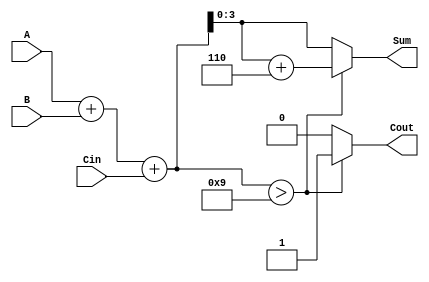
module BCD_Async_Adder (
    input [3:0] A,      // First BCD digit
    input [3:0] B,      // Second BCD digit
    input Cin,          // Carry-in
    output reg [3:0] Sum, // BCD result of the addition
    output reg Cout      // Carry-out signal
);

    // Internal signals
    wire [4:0] raw_sum; // 5 bits to hold the sum (A + B + Cin)
    
    // Calculate the binary sum
    assign raw_sum = A + B + Cin;

    always @* begin
        // Determine if BCD correction is needed
        if (raw_sum > 9) begin
            Sum = raw_sum + 6; // BCD adjust
            Cout = 1; // Set carry-out
        end else begin
            Sum = raw_sum; // No adjustment
            Cout = 0; // No carry-out
        end
    end

endmodule